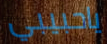
ياحبيبي